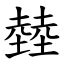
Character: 龳